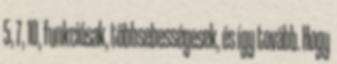
5, 7, 10, funkciósak, többsebességesek, és így tovább. Hogy